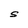
Character: S